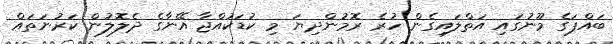
ބައްޕަގެ މޫނުގައި އަތްލައިގެން ހުރެ ރޮމުންދިޔަ މި ކުޑަކުއްޖާ އޭނާގެ ދެލޮލުން ކަރުނަތައް